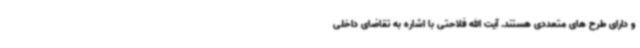
و دارای طرح های متعددی هستند. آیت الله فلاحتی با اشاره به تقاضای داخلی